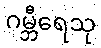
ဂမ္ဘီရေသု